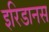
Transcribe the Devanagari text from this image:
इरिडानस